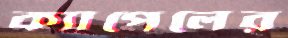
ক্যাপেলের